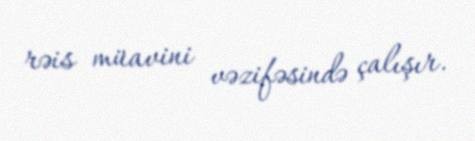
rəis müavini vəzifəsində çalışır.